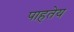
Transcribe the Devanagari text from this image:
पाहतेय